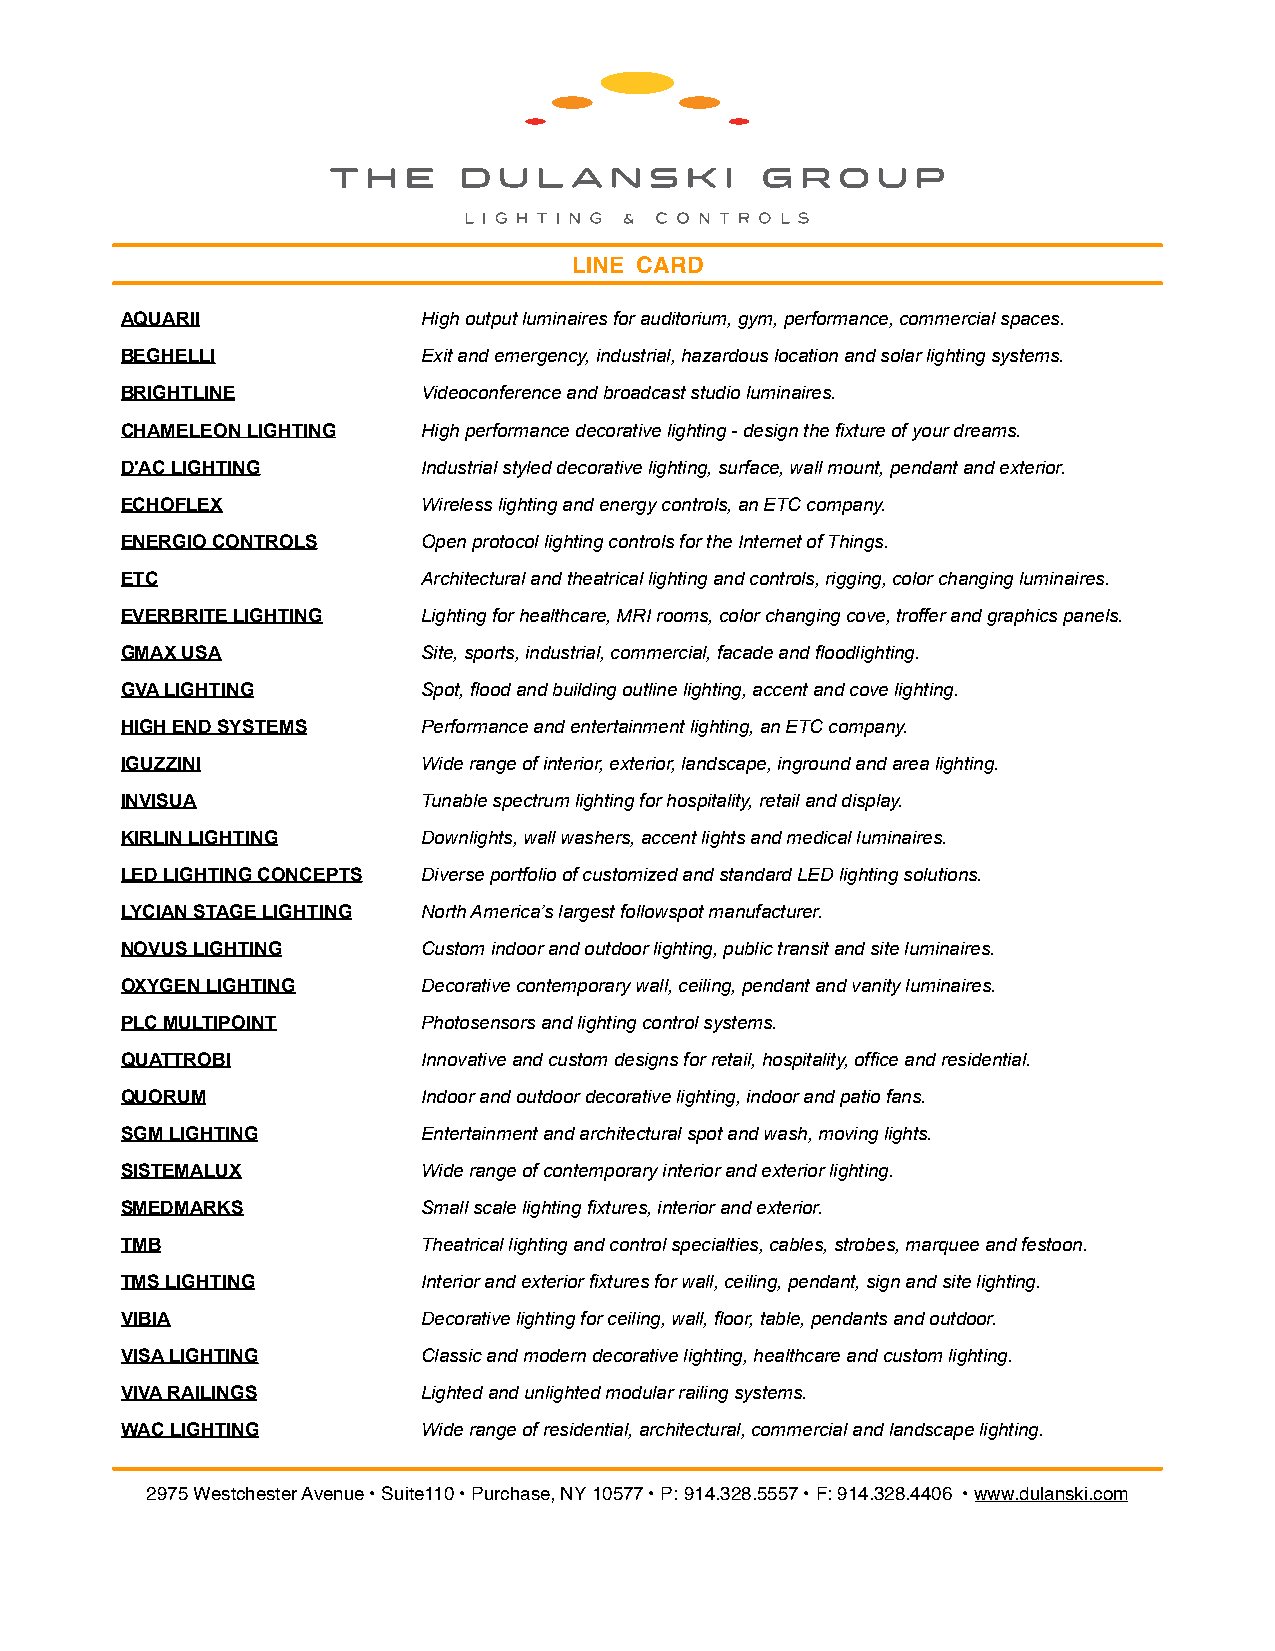
LINE CARD
 AQUARII             High output luminaires for auditorium, gym, performance, commercial spaces.
 BEGHELLI            Exit and emergency, industrial, hazardous location and solar lighting systems.
 BRIGHTLINE          Videoconference and broadcast studio luminaires.
 CHAMELEON LIGHTING  High performance decorative lighting - design the fixture of your dreams.
 D'AC LIGHTING       Industrial styled decorative lighting, surface, wall mount, pendant and exterior.
 ECHOFLEX            Wireless lighting and energy controls, an ETC company.
 ENERGIO CONTROLS    Open protocol lighting controls for the Internet of Things.
 ETC                 Architectural and theatrical lighting and controls, rigging, color changing luminaires.
 EVERBRITE LIGHTING  Lighting for healthcare, MRI rooms, color changing cove, troffer and graphics panels.
 GMAX USA            Site, sports, industrial, commercial, facade and floodlighting.
 GVA LIGHTING        Spot, flood and building outline lighting, accent and cove lighting.
 HIGH END SYSTEMS    Performance and entertainment lighting, an ETC company.
 IGUZZINI            Wide range of interior, exterior, landscape, inground and area lighting.
 INVISUA             Tunable spectrum lighting for hospitality, retail and display.
 KIRLIN LIGHTING     Downlights, wall washers, accent lights and medical luminaires.
 LED LIGHTING CONCEPTS Diverse portfolio of customized and standard LED lighting solutions.
 LYCIAN STAGE LIGHTING North America’s largest followspot manufacturer.
 NOVUS LIGHTING      Custom indoor and outdoor lighting, public transit and site luminaires.
 OXYGEN LIGHTING     Decorative contemporary wall, ceiling, pendant and vanity luminaires.
 PLC MULTIPOINT      Photosensors and lighting control systems.
 QUATTROBI           Innovative and custom designs for retail, hospitality, office and residential.
 QUORUM              Indoor and outdoor decorative lighting, indoor and patio fans.
 SGM LIGHTING        Entertainment and architectural spot and wash, moving lights.
 SISTEMALUX          Wide range of contemporary interior and exterior lighting.
 SMEDMARKS           Small scale lighting fixtures, interior and exterior.
 TMB                 Theatrical lighting and control specialties, cables, strobes, marquee and festoon.
 TMS LIGHTING        Interior and exterior fixtures for wall, ceiling, pendant, sign and site lighting.
 VIBIA               Decorative lighting for ceiling, wall, floor, table, pendants and outdoor.
 VISA LIGHTING       Classic and modern decorative lighting, healthcare and custom lighting.
 VIVA RAILINGS       Lighted and unlighted modular railing systems.
 WAC LIGHTING        Wide range of residential, architectural, commercial and landscape lighting.
 2975 Westchester Avenue • Suite110 • Purchase, NY 10577 • P: 914.328.5557 • F: 914.328.4406 • www.dulanski.com